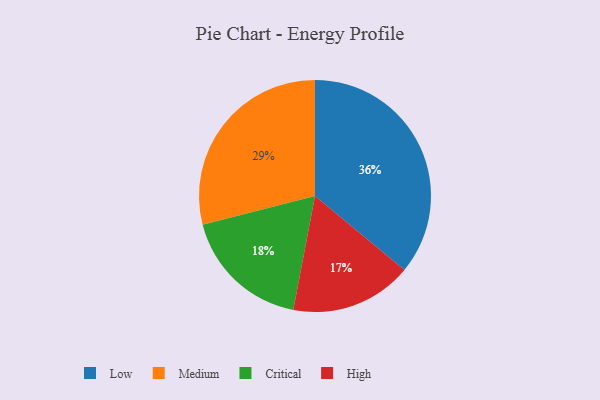
{"axis": {"x": "Category", "y": "Percentage"}, "legend": ["Critical", "High", "Low", "Medium"], "data": [{"x": "Medium", "y": 29, "type": "Medium"}, {"x": "Critical", "y": 18, "type": "Critical"}, {"x": "Low", "y": 36, "type": "Low"}, {"x": "High", "y": 17, "type": "High"}]}